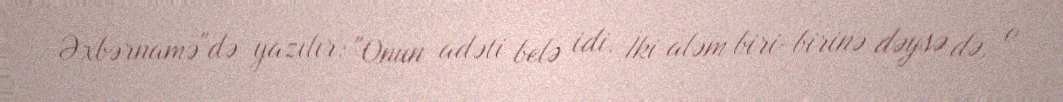
Əxbərnamə"də yazılır: "Onun adəti belə idi. İki aləm biri-birinə dəysə də, o